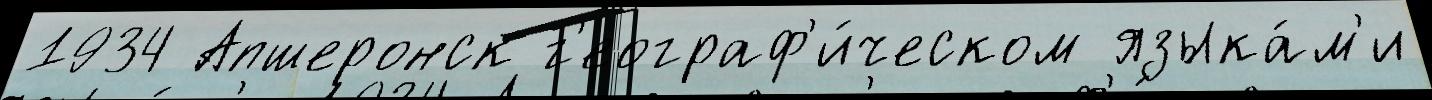
1934 Апшеронск г'еограф'и́ческом языка́м'и